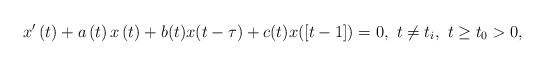
LaTeX: \begin{align*}x^{\prime }\left( t\right) +a\left( t\right) x\left( t\right) +b(t)x(t-\tau)+c(t)x([t-1])=0,\ t\neq t_{i},~t\geq t_{0}>0, \end{align*}